Vital statistics of India. Vol. VI, European troops 1870-79
Year: 1870
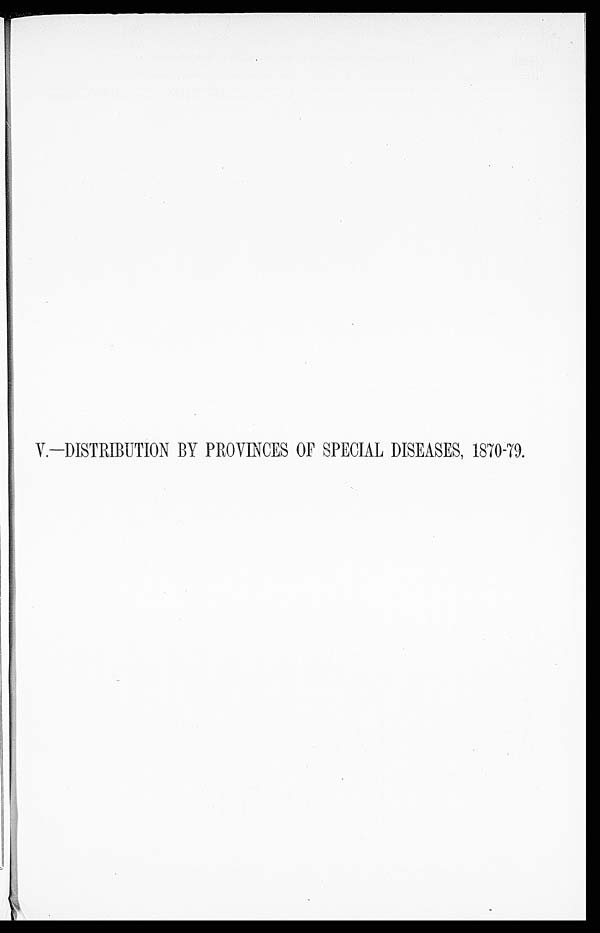
V.—DISTRIBUTION BY PROVINCES OF SPECIAL DISEASES, 1870-79.